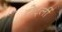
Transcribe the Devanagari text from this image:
टोर्ट्ली